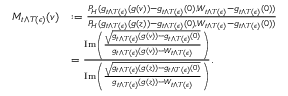
\begin{array} { r l } { M _ { t \wedge T ( \epsilon ) } ( v ) } & { : = \frac { P _ { H } ( g _ { t \wedge T ( \epsilon ) } ( g ( v ) ) - g _ { t \wedge T ( \epsilon ) } ( 0 ) , W _ { t \wedge T ( \epsilon ) } - g _ { t \wedge T ( \epsilon ) } ( 0 ) ) } { P _ { H } ( g _ { t \wedge T ( \epsilon ) } ( g ( z ) ) - g _ { t \wedge T ( \epsilon ) } ( 0 ) , W _ { t \wedge T ( \epsilon ) } - g _ { t \wedge T ( \epsilon ) } ( 0 ) ) } } \\ & { = \frac { \mathrm { I m } \left( \frac { \sqrt { g _ { t \wedge T ( \epsilon ) } ( g ( v ) ) - g _ { t \wedge T ( \epsilon ) } ( 0 ) } } { g _ { t \wedge T ( \epsilon ) } ( g ( v ) ) - W _ { t \wedge T ( \epsilon ) } } \right) } { \mathrm { I m } \left( \frac { \sqrt { g _ { t \wedge T ( \epsilon ) } ( g ( z ) ) - g _ { t \wedge T ( \epsilon ) } ( 0 ) } } { g _ { t \wedge T ( \epsilon ) } ( g ( z ) ) - W _ { t \wedge T ( \epsilon ) } } \right) } . } \end{array}